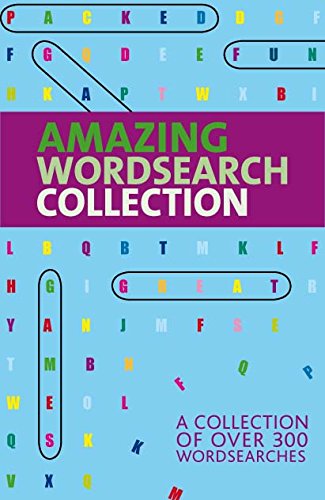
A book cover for Amazing Wordsearch Collection - Series 5; Parragon Books; Humor & Entertainment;